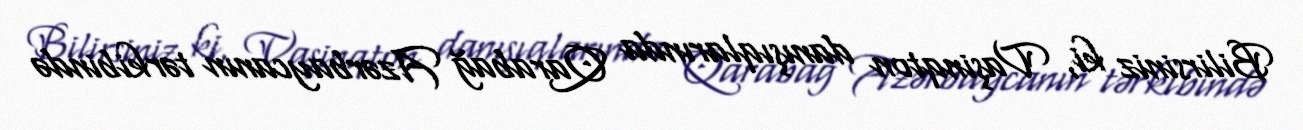
Bilirsiniz ki, Vaşinqton danışıqlarında Qarabağ Azərbaycanın tərkibində